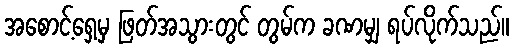
အစောင့်ရှေ့မှ ဖြတ်အသွားတွင် တွမ်က ခဏမျှ ရပ်လိုက်သည်။